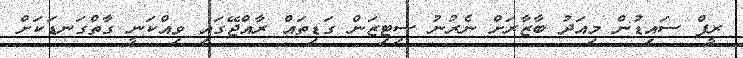
ރީފް ސައިޑުން މިއަދު ބާޒާރަށް ނެރުނު ސިޓިޒަން ގަޑިތައް ރާއްޖޭގައި ވިއްކަނީ ގާތްގަނޑަކަށް